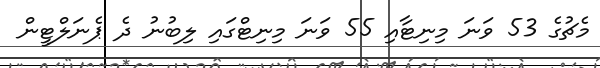
މެޗުގެ 53 ވަނަ މިނިޓާއި 55 ވަނަ މިނިޓްގައި ލިބުނު ދެ ޕެނަލްޓީން